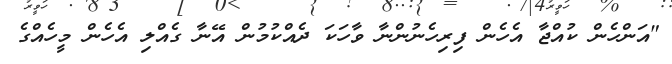
"އަންހެން ކުއްޖާ އެހެން ފިރިހެނުންނާ ވާހަކަ ދެއްކުމުން އޭނާ ގެއްލި އެހެން މީހެއްގެ